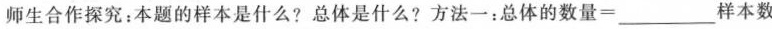
师生合作探究；本题的样本是什么?总体是什么?方法一：总体的数量=\underline样本数